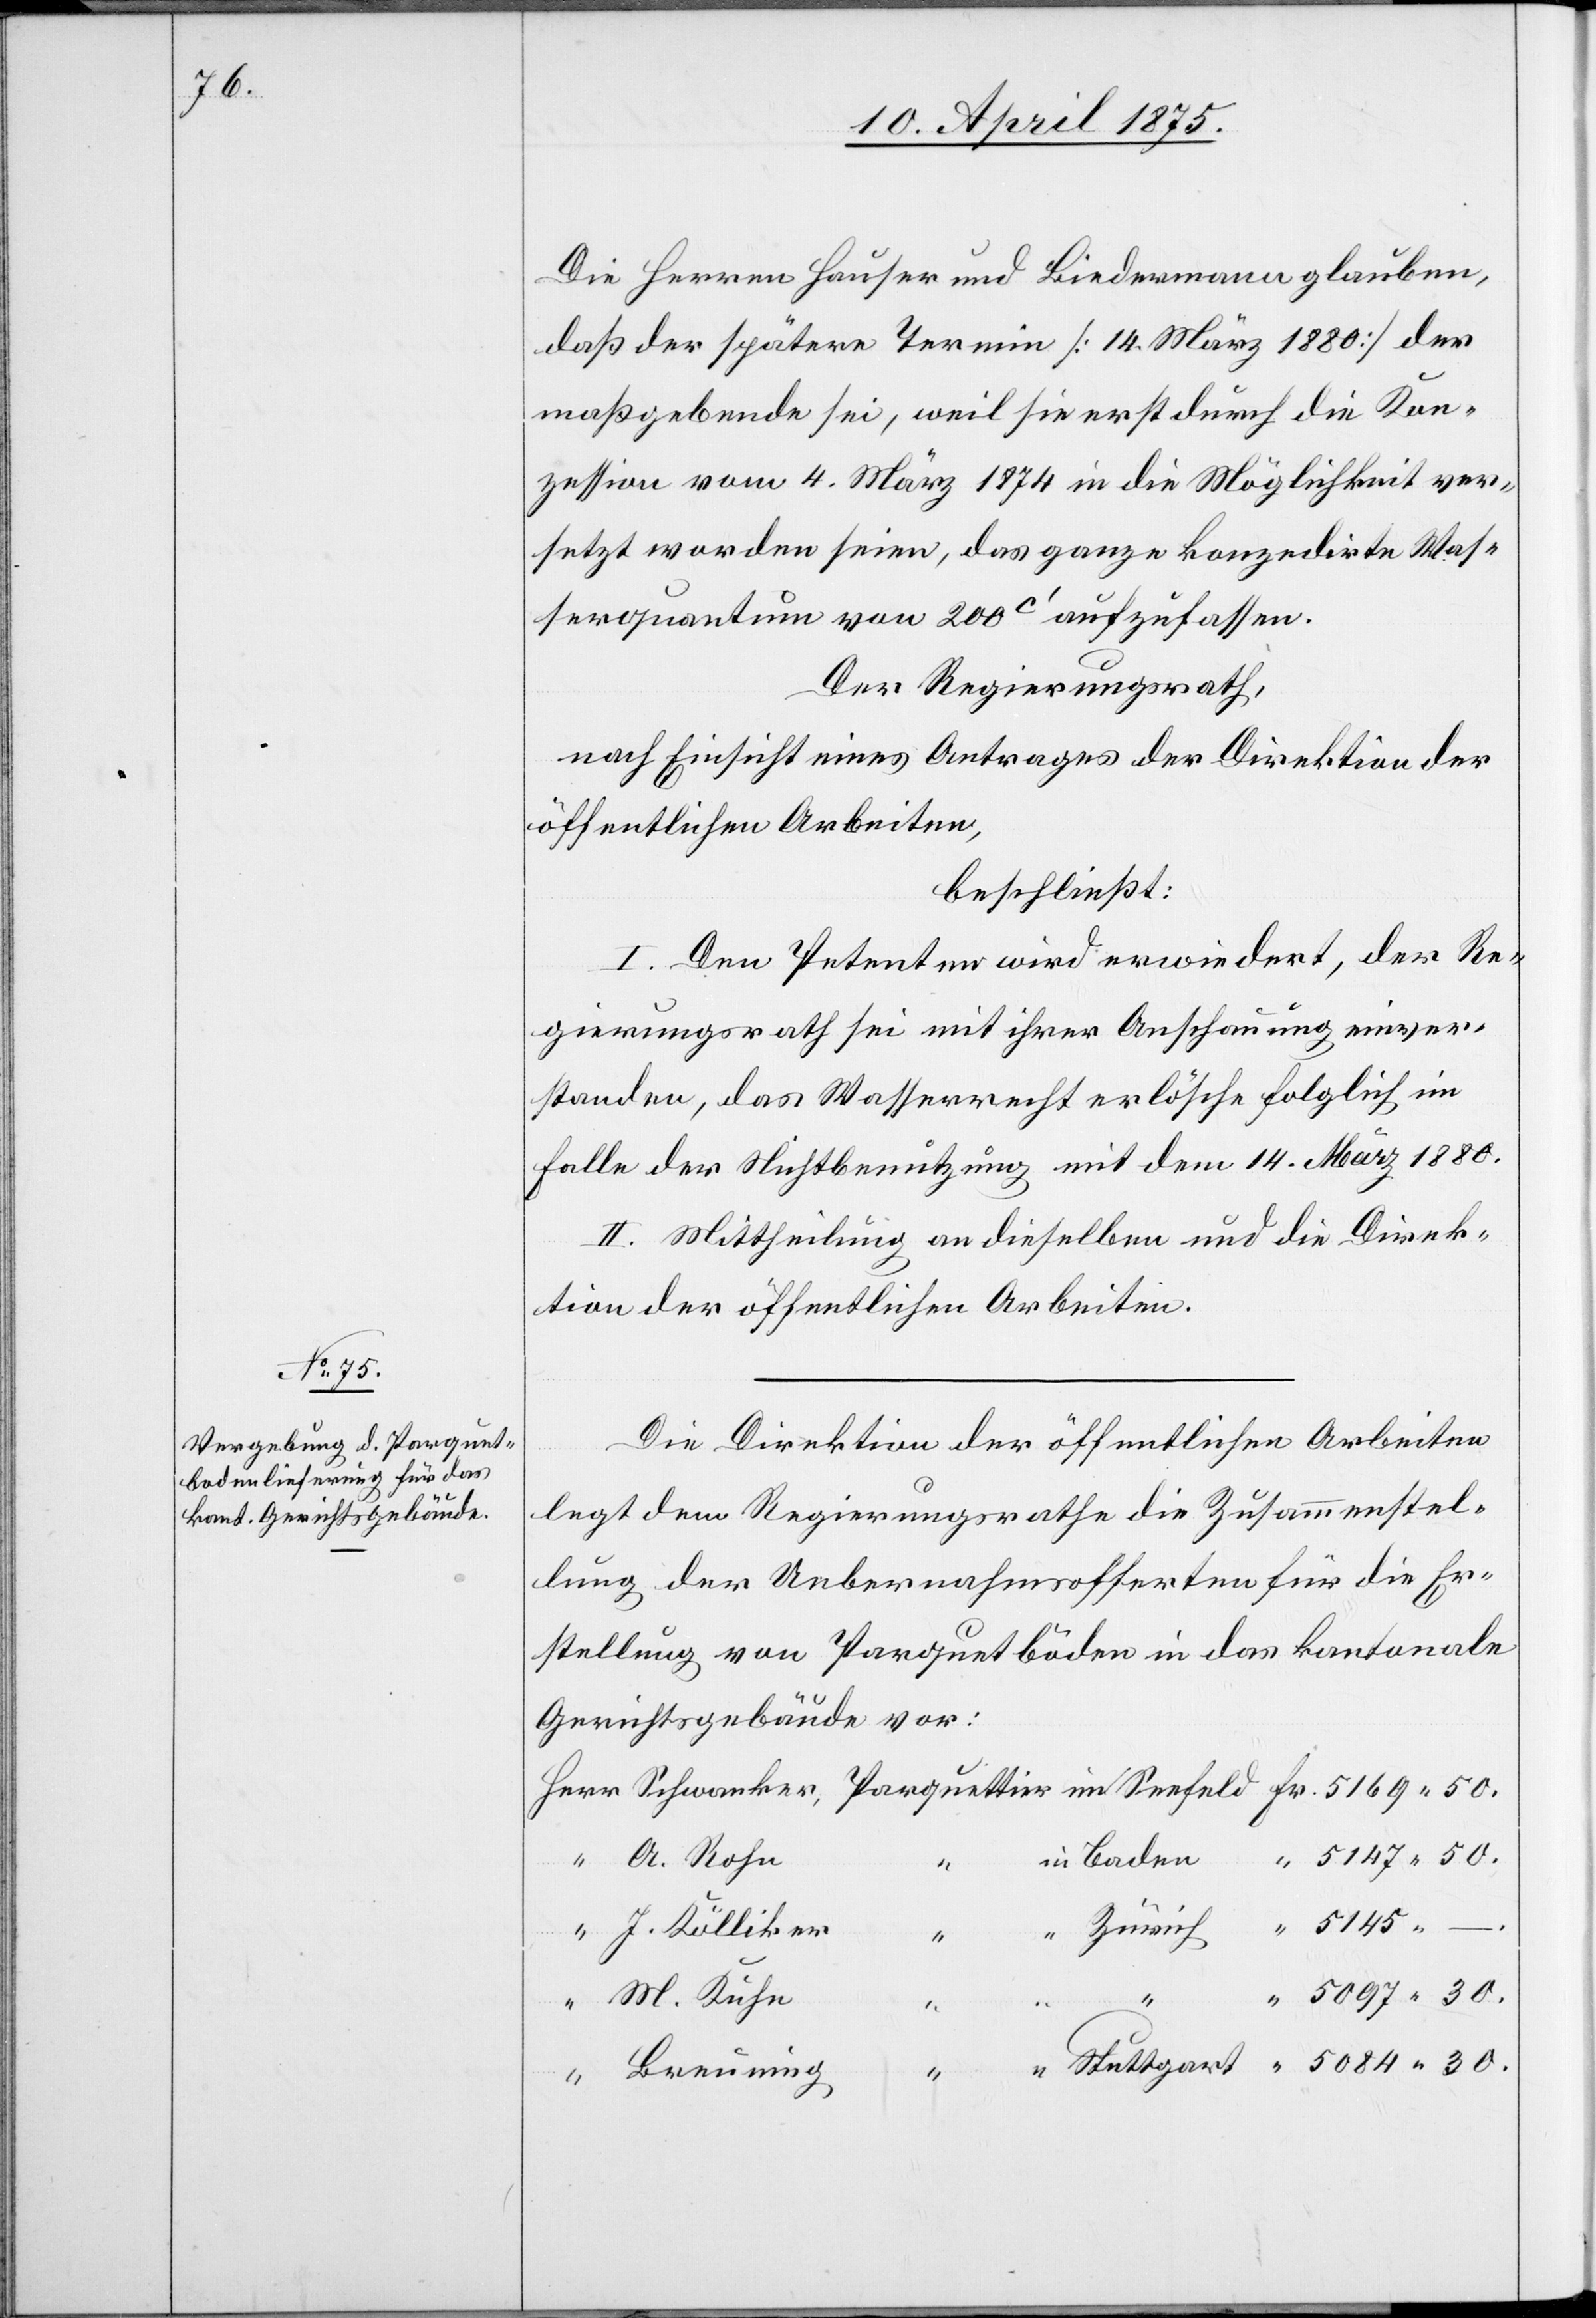
Die Herren Hauser und Biedermann glauben,
daß der spätere Termin [14. März 1880] der
maßgebende sei, weil sie erst durch die Kon¬
zession vom 4. März 1874 in die Möglichkeit ver¬
setzt worden seien, das ganze konzedirte Was¬
serquantum von 200c‘ aufzufassen.
Der Regierungsrath,
nach Einsicht eines Antrages der Direktion der
öffentlichen Arbeiten,
beschließt:
I. Den Petenten wird erwiedert, der Re¬
gierungsrath sei mit ihrer Anschauung einver¬
standen, das Wasserrecht erlösche folglich im
Falle der Nichtbenutzung mit dem 14. März 1880.
II. Mittheilung an dieselben und die Direk¬
tion der öffentlichen Arbeiten,
Die Direktion der öffentlichen Arbeiten
legt dem Regierungsrathe die Zusammenstel¬
lung der Uebernahmsofferten für die Er¬
stellung von Parquetböden in das kantonale
Gerichtsgebäude vor:
A. Rohn
50.
J. Kölliker
“
5097 30.
50.
Breuning